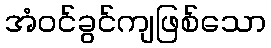
အံဝင်ခွင်ကျဖြစ်သော